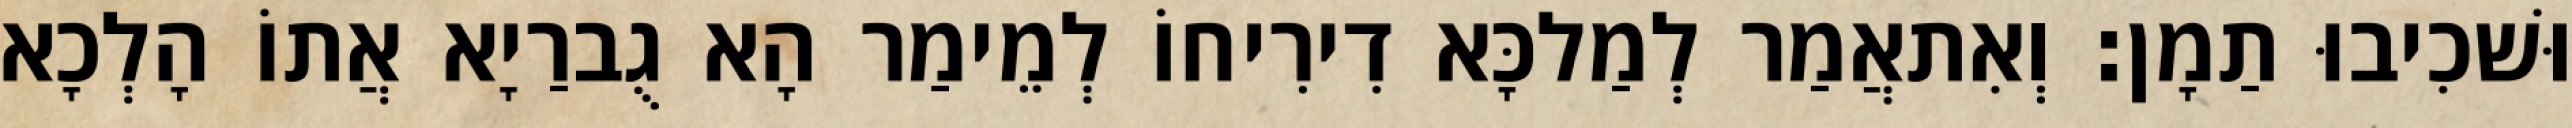
וּשׁכִיבוּ תַמָן׃ וְאִתאֲמַר לְמַלכָּא דִירִיחוֹ לְמֵימַר הָא גֻברַיָא אֲתוֹ הָלְכָא